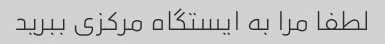
لطفا مرا به ایستگاه مرکزی ببرید